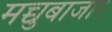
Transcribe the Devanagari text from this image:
मच्चुबाजार